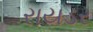
રાયડર